Annual report on the health of the army in India
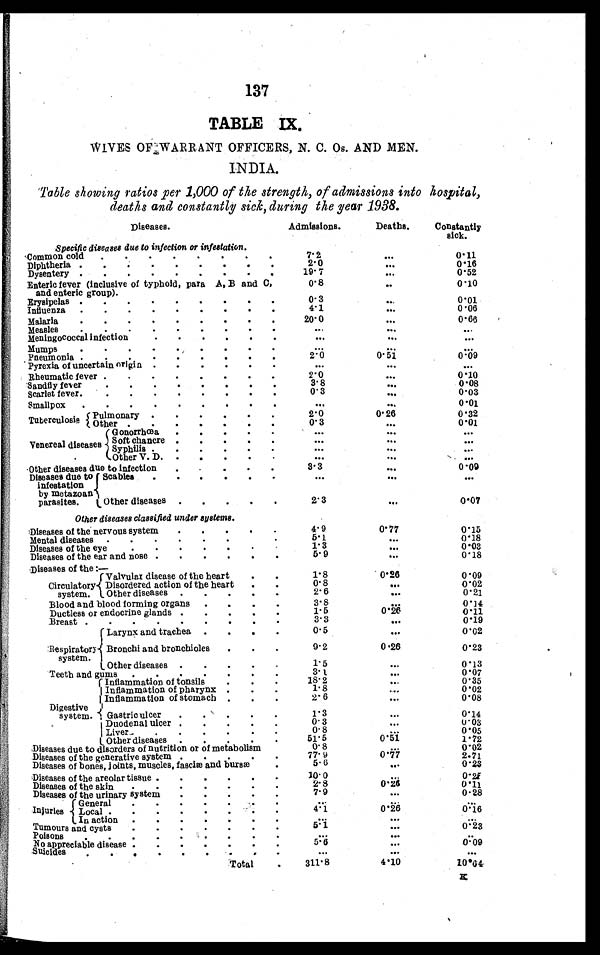
137
TABLE IX.
WIVES OF WARRANT OFFICERS, N. C. Os. AND MEN.
INDIA.
Table showing ratios per 1,000 of the strength, of admissions into hospital,
deaths and constantly sick, during the year 1938.
Diseases.
Admissions.
Deaths.
Constantly
sick.
Specific diseases due to infection or infestation.
Common cold . . .
7. 2
. . .
0.11
Diphtheria . . .
2 . 0
. . .
0 . 1 6
Dysentery . . .
1 9 . 7
. . .
0.52
Enteric fever (inclusive of typhoid, para A, B and C,
a n d e n t e r i c g r o u p ) . . .
0.8
. . .
0.10
Erysipelas . . .
0 . 3
. . .
0.01
Influenza . . .
4 . 1
. . .
0.06
Malaria . . .
20.0
. . .
0.66
Measles . . .
. . .
. . .
. . .
Meningococcal infection . . .
. . .
. . .
. . .
Mumps . . .
. . .
. . .
. . .
Pneumonia . . .
2 . 0
0.51
0.09
Pyrexia of uncertain origin . . .
. . .
. . .
. . .
Rheumatic fever . . .
2 . 0
. . .
0.10
Sandfly fever . . .
3 . 8
. . .
0.08
Scarlet fever . . .
0 . 3
. . .
0.03
Smallpox . . .
. . .
. . .
0.01
T u b e r c u l o s i s Pulmonary . . .
2.0
0.26
0.32
Other
. . .
0 . 3 . . .
. . .
0.01
Venereal disease s
Gonorrhœa . . .
. . .
. . .
. . .
Soft chancre . . .
. . .
. . .
. . .
s y p h i l i s . . .
. . .
. . .
. . .
Other V. D. . . .
. . .
. . .
. . .
Other diseases due to infection . . .
3.3
. . .
0.09
Diseases due to
infestation
by metazoan
parasites.
Scabies . . .
. . .
. . .
. . .
Other diseases . . .
2 . 3
. . .
0.07
Other diseases classified under systems.
Diseases of the nervous system . . .
4.9
0.77
0.15
Mental diseases . . .
5 . 1
. . .
0.18
Diseases of the eye . . .
1 . 3
. . .
0.03
Diseases of the ear and nose . . .
5.9
. . .
0.18
Diseases of the:—
C i r c u l a t o r y
system.
Valvular disease of the heart . . .
1.8
0.26
0.09
Disordered action of the heart . . .
0 . 8
. . .
0.02
Other diseases . . .
2.6
. . .
0.21
Blood and blood forming organs . . .
3 . 8
. . .
0.14
Ductless or endocrine glands . . .
1.5
0.26
0.11
Breast . . .
3 . 3
. . .
0.19
Respiratory
system.
Larynx and trachea . . .
0 . 5
. . .
0.02
Bronchi and bronchioles . . .
9.2
0.26
0.23
Other diseases . . .
1.5
. . .
0.13
T e e t h a n d g u m s . . .
3 . 1
. . .
0.07
Digestive
system.
Inflammation of tonsils ...
1 8 . 2
. . .
0 . 3 5
Inflammation of pharynx . . .
1 . 8
. . .
0 . 0 2
Inflammation of stomach . . .
2 . 6
. . .
0.08
G a s t r i c u l c e r . . .
1.3
. . .
0.14
Duodenal ulcer . . .
0.3
. . .
0.03
Liver . . .
0.8
. . .
0. 05
Other diseases . . .
5 1 . 5
0 . 5 1
1.72
Diseases due to disorders of nutrition or of metabolism . . .
O.8
. . .
0.02
Diseases of the generative system . . .
77.9
0 . 7 7
2.71
Diseases of bones, joints, muscles,fasciæ and bursæ . . .
5 . 6
. . .
0.23
Diseases of the areolar tissue . . .
10.0
. . .
0.25
Diseases of the skin . . .
2.8
0 . 2 6
0.11
Diseases of the urinary system . . .
7.9
. . .
0.28
Injuries
General . . .
. . .
. . .
. . .
Local . . .
4.1
0 . 2 6
0.16
In action . . .
. . .
. . .
. . .
T u m o u r s a n d c y s t s . . .
5.1
. . .
0.23
p o i s o n s . . .
. . .
. . .
. . .
No appreciable disease . . .
5 . 6
. . .
0 . 0 9
Suicides
. . .
. . .
. . .
Total . . .
311.8
4.10
1 0 . 6 4